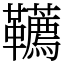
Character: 韉